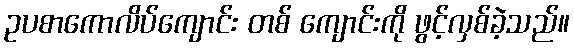
ဥပစာကောလိပ်ကျောင်း တစ် ကျောင်းကို ဖွင့်လှစ်ခဲ့သည်။